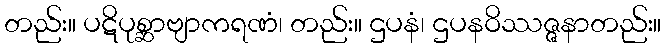
တည်း။ ပဋိပုစ္ဆာဗျာကရဏံ၊ တည်း။ ဌပနံ၊ ဌပနဝိဿဇ္ဇနာတည်း။